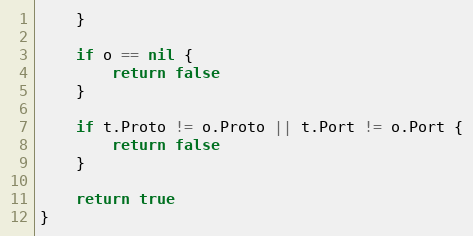
Language: Go
	}

	if o == nil {
		return false
	}

	if t.Proto != o.Proto || t.Port != o.Port {
		return false
	}

	return true
}